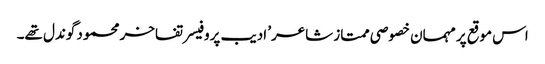
اس موقع پر مہمان خصوصی ممتاز شاعر’ ادیب پروفیسر تفاخر محمود گوندل تھے۔